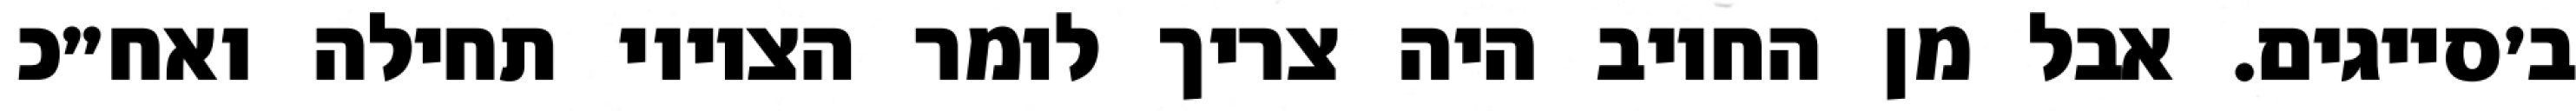
ב׳סייגים. אבל מן החיוב היה צריך לומר הציווי תחילה ואח״כ